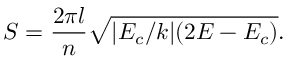
S = \frac { 2 \pi l } { n } \sqrt { | E _ { c } / k | ( 2 E - E _ { c } ) } .